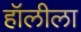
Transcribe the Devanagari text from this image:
हॉलीला